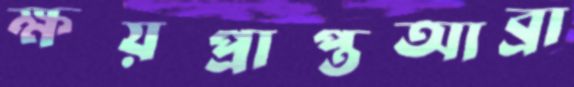
ক্ষয়প্রাপ্তআব্রা